Scottish Certificate of Education, 1962
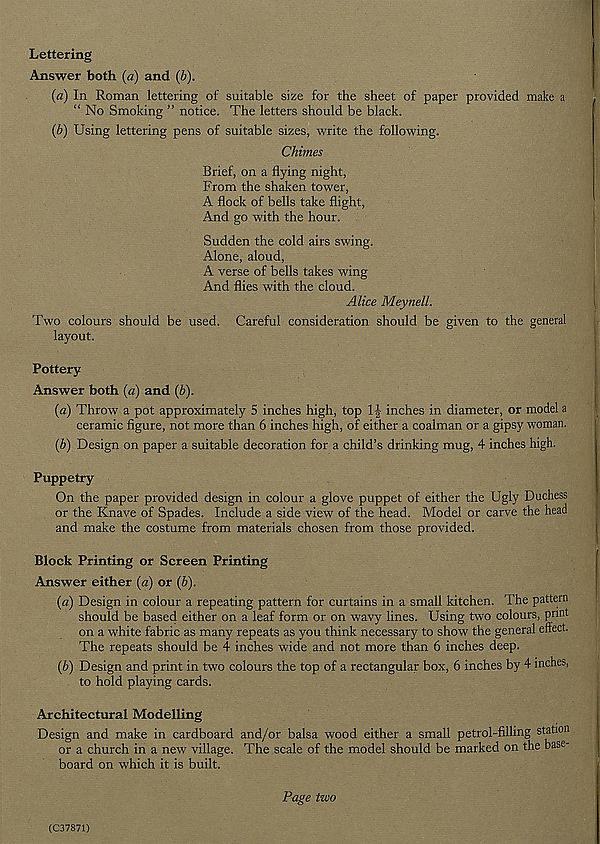
Lettering
Answer both (a) and (b).
(a) In Roman lettering of suitable size for the sheet of paper provided make a
“ No Smoking ” notice. The letters should be black.
(b) Using lettering pens of suitable sizes, write the following.
Chimes
Brief, on a flying night,
From the shaken tower,
A flock of bells take flight,
And go with the hour.
Sudden the cold airs swing.
Alone, aloud,
A verse of bells takes wing
And flies with the cloud.
Alice Meynell.
Two colours should be used. Careful consideration should be given to the general
layout.
Pottery
Answer both {a) and (6).
(a) Throw a pot approximately 5 inches high, top 1-| inches in diameter, or model a
ceramic figure, not more than 6 inches high, of either a coalman or a gipsy woman.
(b) Design on paper a suitable decoration for a child’s drinking mug, 4 inches high.
Puppetry
On the paper provided design in colour a glove puppet of either the Ugly Duchess
or the Knave of Spades. Include a side view of the head. Model or carve the head
and make the costume from materials chosen from those provided.
Block Printing or Screen Printing
Answer either (a) or (b).
(a) Design in colour a repeating pattern for curtains in a small kitchen. The pattern
should be based either on a leaf form or on wavy lines. Using two colours, print
on a white fabric as many repeats as you think necessary to show the general effect.
The repeats should be 4 inches wide and not more than 6 inches deep.
(b) Design and print in two colours the top of a rectangular box, 6 inches by 4 inches,
to hold playing cards.
Architectural Modelling
Design and make in cardboard and/or balsa wood either a small petrol-filling station
or a church in a new village. The scale of the model should be marked on the base-
board on which it is built.
Page two
(C37871)